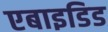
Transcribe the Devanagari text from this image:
एबाइडिड